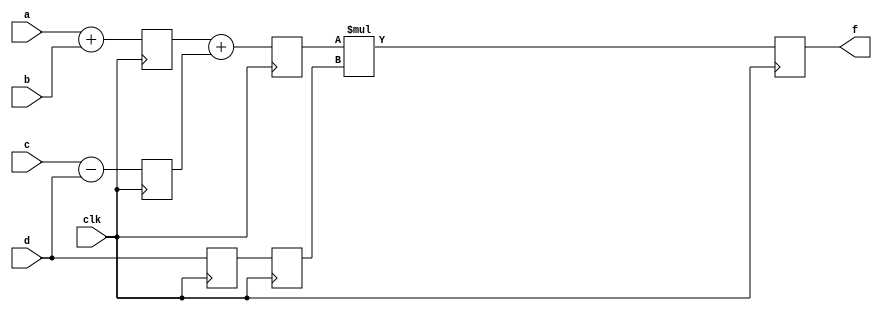
`timescale 1ns / 1ps
//////////////////////////////////////////////////////////////////////////////////
// Company: 
// Engineer: 
// 
// Design Name: 
// Module Name:    pipeline1 
// Project Name: 
// Target Devices: 
// Tool versions: 
// Description: 
//
// Dependencies: 
//
// Revision: 
// Revision 0.01 - File Created
// Additional Comments: 
//
//////////////////////////////////////////////////////////////////////////////////
module pipeline1(
    output [9:0]f,
    input [9:0]a,
    input [9:0]b,
    input [9:0]c,
    input [9:0]d,
    input clk
    );
reg [9:0]l12_x1,l12_x2,l12_d,l23_x3,l23_d,l34_f;
assign f = l34_f;
always @(posedge clk)
begin
l12_x1 <= #4 a+b;
l12_x2 <= #4 c-d;
l12_d  <=      d;
end

always @(posedge clk)
begin
l23_x3 <= #4 l12_x1+l12_x2;
l23_d  <= l12_d;
end

always @(posedge clk)
begin
l34_f  <= #6 l23_x3*l23_d;
end
endmodule